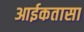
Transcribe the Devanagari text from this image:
आईकतासा